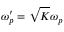
\omega _ { p } ^ { \prime } = \sqrt { K } \omega _ { p }